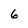
Character: 6